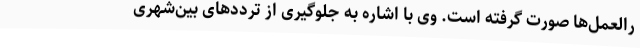
رالعمل‌ها صورت گرفته است. وی با اشاره به جلوگیری از ترددهای بین‌شهری